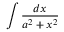
\int { \frac { d x } { a ^ { 2 } + x ^ { 2 } } }